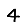
Digit: 4